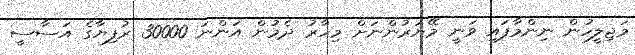
މަޖިލީހުން ނިންމާފައި ވަނީ މޭޔަރުންނަށް މިހާރު ދެމުން އަންނަ 30000 ރުފިޔާގެ އަސާސީ